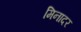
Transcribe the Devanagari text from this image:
मिनादर